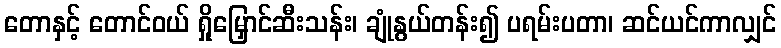
တောနှင့် တောင်ဝယ် ရှိုမြှောင်ဆီးသန်း၊ ချုံနွယ်တန်း၍ ပရမ်းပတာ၊ ဆင်ယင်ကာလျှင်